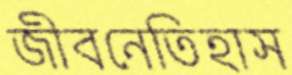
জীবনেতিহাস